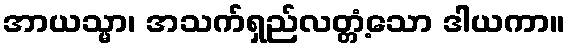
အာယသ္မာ၊ အသက်ရှည်လတ္တံ့သော ဒါယကာ။